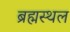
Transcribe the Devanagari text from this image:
ब्रह्मस्थल